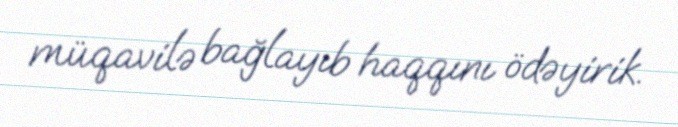
müqavilə bağlayıb haqqını ödəyirik.